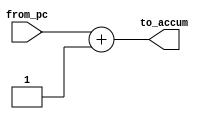
module Add_4(
    input [31:0] from_pc,
    output [31:0] to_accum
);

    assign to_accum = from_pc + 32'd1;
endmodule